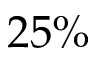
2 5 \%